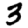
Digit: 3